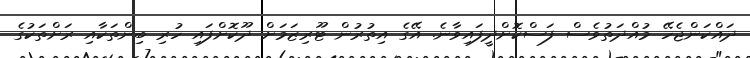
ދައްކަންޖެހޭ މުއްދަތުވެސް ފަސްކޮށްދީފައިވާނެ. އޭގެ އިތުރުން ޓޫރިޒަމަށް ދޫކޮށްފައި ހުރި ބިންތަކާއި ރަށްތަކުގެ